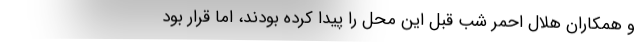
و همکاران هلال احمر شب قبل این محل را پیدا کرده بودند، اما قرار بود